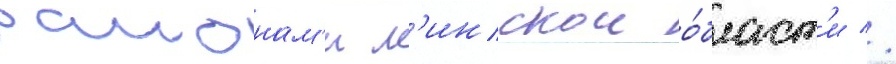
раионам'и м'инскои о́бласт'и //